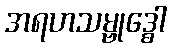
အရဟသမ္ဗုဒ္ဓေါ